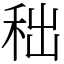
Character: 𥞃